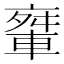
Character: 𨌤